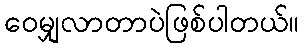
ဝေမျှလာတာပဲဖြစ်ပါတယ်။